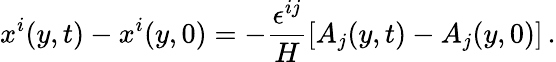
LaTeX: x^{i}(y,t)-x^{i}(y,0)=-\frac{\epsilon^{ij}}{H}\left[A_{j}(y,t)-A_{j}(y,0)\right]\, .